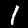
Label: 1